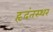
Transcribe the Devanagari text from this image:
हृदंतस्थर